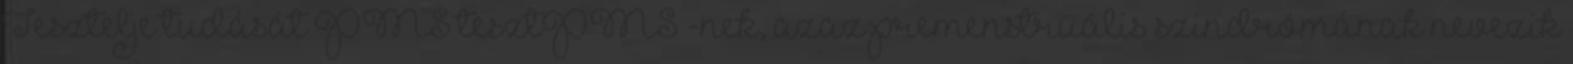
Tesztelje tudását PMS tesztPMS -nek, azaz premenstruális szindrómának nevezik